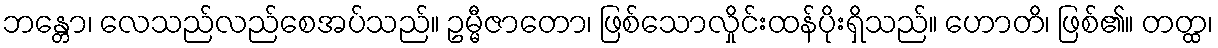
ဘန္တော၊ လေသည်လည်စေအပ်သည်။ ဥမ္မီဇာတော၊ ဖြစ်သောလှိုင်းထန်ပိုးရှိသည်။ ဟောတိ၊ ဖြစ်၏။ တတ္ထ၊